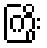
ကြိုး